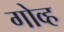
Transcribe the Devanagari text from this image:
गोव्ह